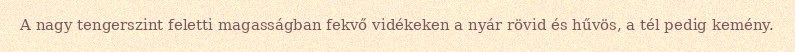
A nagy tengerszint feletti magasságban fekvő vidékeken a nyár rövid és hűvös, a tél pedig kemény.